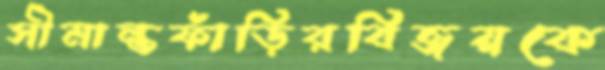
সীমান্তফাঁড়িরবিজয়কে